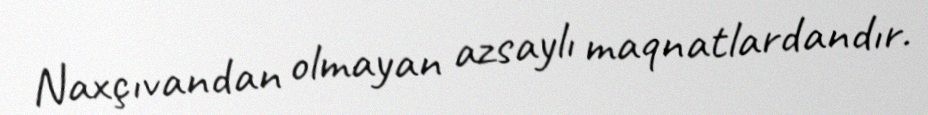
Naxçıvandan olmayan azsaylı maqnatlardandır.